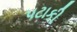
પટાકી